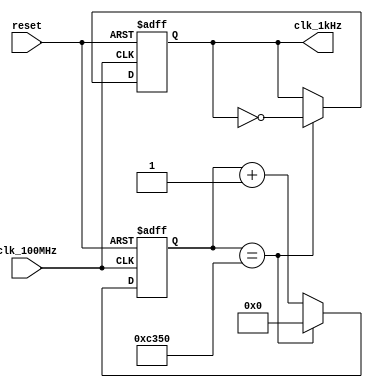
`timescale 1ns / 1ps
//////////////////////////////////////////////////////////////////////////////////
// Company: 
// Engineer: 
// 
// Design Name: 
// Module Name: clock_divider
// Project Name: 
// Target Devices: 
// Tool Versions: 
// Description: 
// 
// Dependencies: 
// 
// Revision:
// Revision 0.01 - File Created
// Additional Comments:
// 
//////////////////////////////////////////////////////////////////////////////////
module clock_divider_1kHz(clk_100MHz, clk_1kHz, reset);
  input clk_100MHz, reset;
  output reg clk_1kHz = 1'b0;
  reg [15:0] duty_cycle = 16'b0;
  
  always @(posedge clk_100MHz or posedge reset) begin
    if (reset) begin
      duty_cycle <= 16'b0;
      clk_1kHz <= 1'b0;
    end else begin
      if (duty_cycle == 16'd50000) begin
        duty_cycle <= 16'b0;
        clk_1kHz <= !clk_1kHz;
      end else begin
        duty_cycle <= duty_cycle + 1'b1;
      end
    end
  end //always
  
endmodule